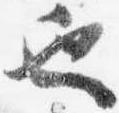
也